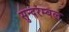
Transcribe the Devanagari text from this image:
सुन्दरम्बल